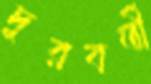
দুরবর্তী